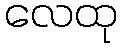
လေထု